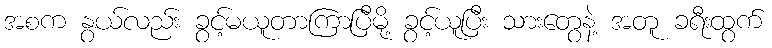
အစက နွယ်လည်း ခွင့်မယူတာကြာပြီမို့ ခွင့်ယူပြီး သားတွေနဲ့ အတူ ခရီးထွက်